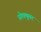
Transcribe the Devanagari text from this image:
स्पेक्युलर